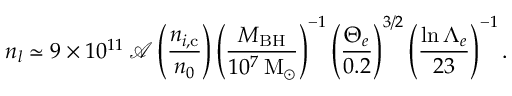
n _ { l } \simeq 9 \times 1 0 ^ { 1 1 } \: \mathcal { A } \left( \frac { n _ { i , \mathrm { c } } } { n _ { 0 } } \right) \left( \frac { M _ { \mathrm { B H } } } { 1 0 ^ { 7 } \: \mathrm { { M } _ { \odot } } } \right) ^ { - 1 } \left( \frac { \Theta _ { e } } { 0 . 2 } \right) ^ { 3 / 2 } \left( \frac { \ln { \Lambda _ { e } } } { 2 3 } \right) ^ { - 1 } .